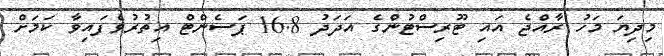
މިދިޔަ މަހު ރާއްޖެ އައި ޓޫރިސްޓުންގެ އަދަދު 16.8 ޕަސެންޓް އިތުރުވެފައިވާ ކަމަށް